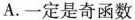
A.一定是奇函数